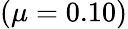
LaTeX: (\mu=0.10)